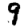
Digit: 9